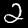
Label: 2